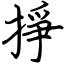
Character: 掙